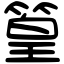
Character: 篁